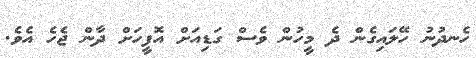
ހެނދުނު ހޭލައިގެން ދެ މީހުން ވެސް ގަޑިއަށް އޮފީހަށް ދާން ޖެހެ އެވެ.